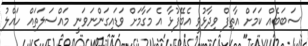
ސަބަބެއް ކަމަށް އާތިފް ވިދާޅުވީ އެބޭފުޅާ އެ މަގާމަށް ވަޑައިގަންނަވަނީ މައްސަލަތައް ހައްލު